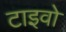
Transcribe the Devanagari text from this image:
टाइवो